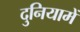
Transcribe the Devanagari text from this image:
दुनियामें